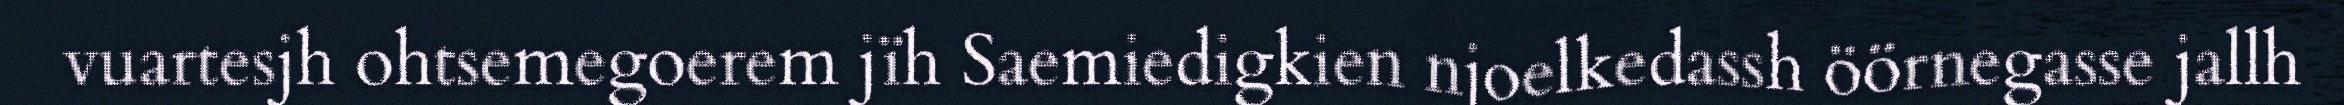
vuartesjh ohtsemegoerem jïh Saemiedigkien njoelkedassh öörnegasse jallh